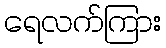
ရေလက်ကြား